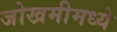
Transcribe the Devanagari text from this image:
जोखमीमध्ये